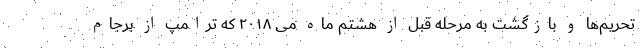
تحریم‌ها و بازگشت به مرحله قبل از هشتم ماه می ۲۰۱۸ که ترامپ از برجام